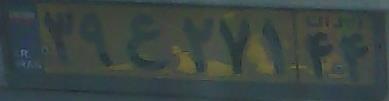
۳۹ع۲۷۱۴۴